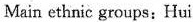
Main ethnic groups: Hui